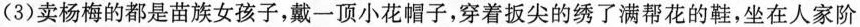
(3)卖杨梅的都是苗族女孩子，戴一顶小花帽子，穿着扳尖的绣了满帮花的鞋，坐在人家阶